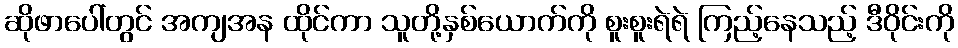
ဆိုဖာပေါ်တွင် အကျအန ထိုင်ကာ သူတို့နှစ်ယောက်ကို စူးစူးရဲရဲ ကြည့်နေသည့် ဒီဝိုင်းကို